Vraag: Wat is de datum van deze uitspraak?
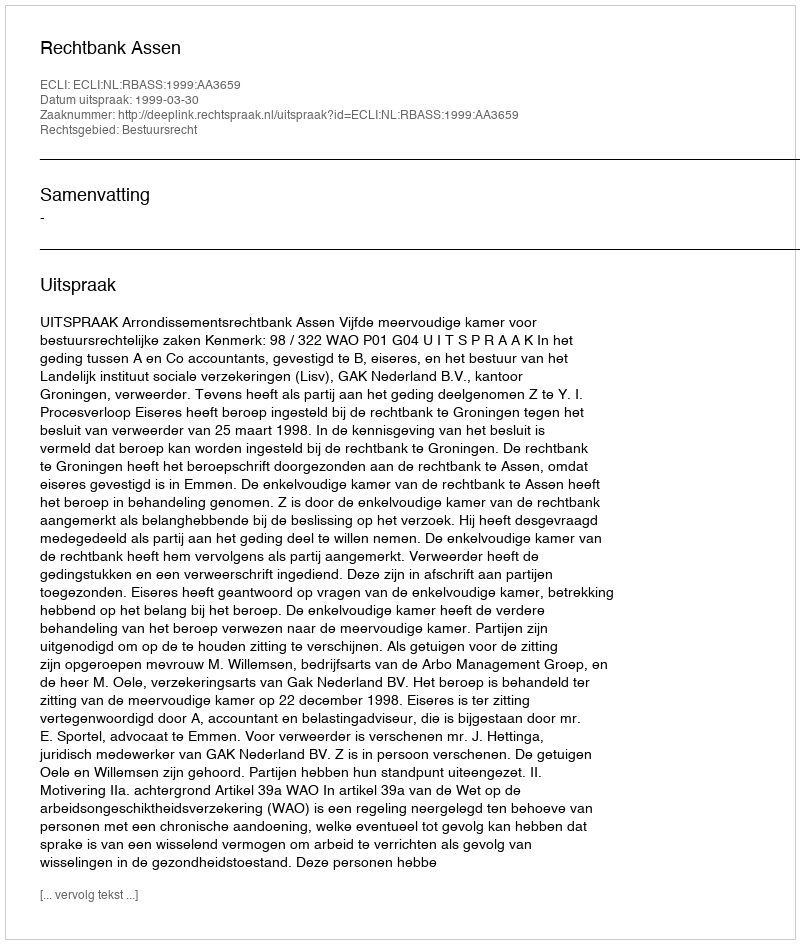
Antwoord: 1999-03-30